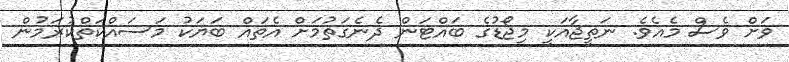
ވަށް ވެސް މެއެވެ. ނަތީޖާއަކީ މިޖޯޑުގެ ބައްޓަން ދެނެގަތުމަށް އެތައް ބަޔަކު މަސައްކަތްކުރަމުން